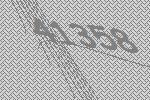
41358